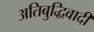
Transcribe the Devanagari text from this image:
अतिबुद्धिवादी